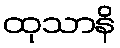
ထုသာနိ